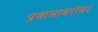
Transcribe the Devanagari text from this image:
प्रवासाबरोबर